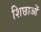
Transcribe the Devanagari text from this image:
शिछाओं